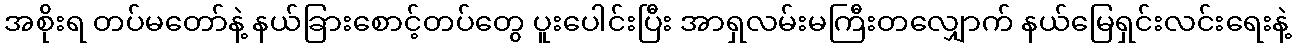
အစိုးရ တပ်မတော်နဲ့ နယ်ခြားစောင့်တပ်တွေ ပူးပေါင်းပြီး အာရှလမ်းမကြီးတလျှောက် နယ်မြေရှင်းလင်းရေးနဲ့